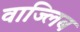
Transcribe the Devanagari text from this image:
वाज्लिब